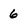
Character: 6